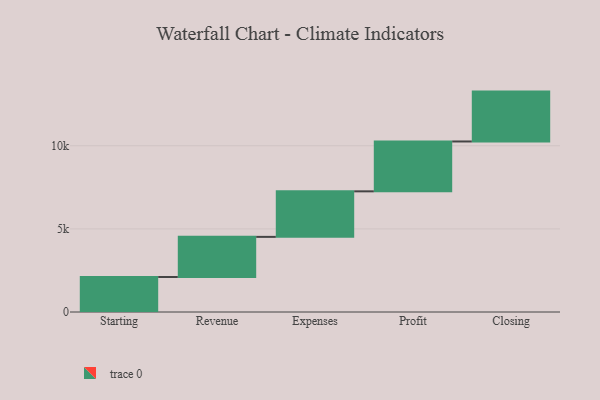
{"axis": {"x": "Step", "y": "Value"}, "legend": [""], "data": [{"x": "Starting", "y": 2107.0, "type": ""}, {"x": "Revenue", "y": 2413.0, "type": ""}, {"x": "Expenses", "y": 2739.0, "type": ""}, {"x": "Profit", "y": 3000, "type": ""}, {"x": "Closing", "y": 3000, "type": ""}]}